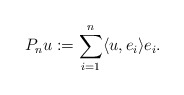
\begin{align*} P_n u := \sum_{i=1}^{n}\langle u,e_i\rangle e_i .\end{align*}